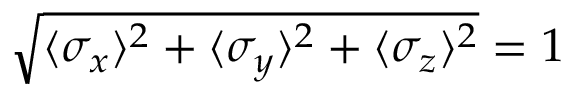
\sqrt { \langle \sigma _ { x } \rangle ^ { 2 } + \langle \sigma _ { y } \rangle ^ { 2 } + \langle \sigma _ { z } \rangle ^ { 2 } } = 1